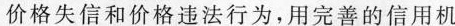
价格失信和价格违法行为，用完善的信用机